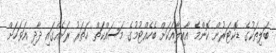
ބަލިތަކުގެ ޑޮކްޓަރުން ކޮންމެ އާއިލާއަކަށް ބެހެއްޓުމުގެ މަސައްކަތް ހަތަރު ރަށެއްގައި ދާދި އަވަހަށް